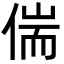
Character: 偳